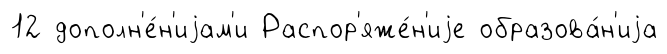
12 дополн'е́н'иjам'и Распор'яже́н'иjе образова́н'иjа